Vaccination in Bombay 1869-1873 - 1869-1873
Year: 1869
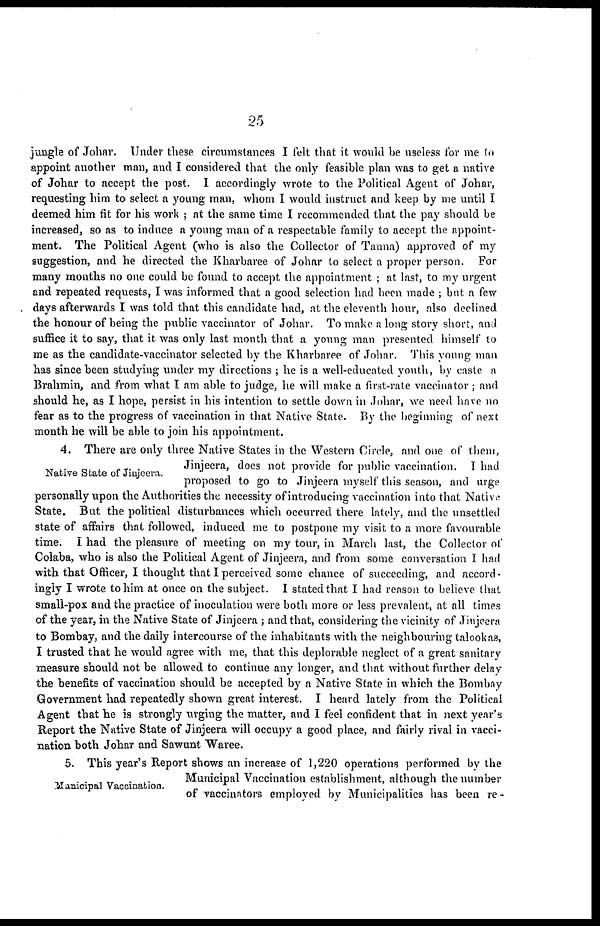
25
jungle of Johar. Under these circumstances I felt that it would be useless for me to
appoint another man, and I considered that the only feasible plan was to get a native
of Johar to accept the post. I accordingly wrote to the Political Agent of Johar,
requesting him to select a young man, whom I would instruct and keep by me until I
deemed him fit for his work ; at the same time I recommended that the pay should be
increased, so as to induce a young man of a respectable family to accept the appoint-
ment. The Political Agent (who is also the Collector of Tanna) approved of my
suggestion, and he directed the Kharbaree of Johar to select a proper person. For
many months no one could be found to accept the appointment ; at last, to my urgent
and repeated requests, I was informed that a good selection had been made ; but a few
days afterwards I was told that this candidate had, at the eleventh hour, also declined
the honour of being the public vaccinator of Johar. To make a long story short, and
suffice it to say, that it was only last month that a young man presented himself to
me as the candidate-vaccinator selected by the Kharbaree of Johar. This young man
has since been studying under my directions ; he is a well-educated youth, by caste a
Brahmin, and from what I am able to judge, he will make a first-rate vaccinator ; and
should he, as I hope, persist in his intention to settle down in Johar, we need have no
fear as to the progress of vaccination in that Native State. By the beginning of next
month he will be able to join his appointment.
Native State of Jinjeera.
4. There are only three Native States in the Western Circle, and one of them,
Jinjeera, does not provide for public vaccination. I had
proposed to go to Jinjeera myself this season, and urge
personally upon the Authorities the necessity of introducing vaccination into that Native
State. But the political disturbances which occurred there lately, and the unsettled
state of affairs that followed, induced me to postpone my visit to a more favourable
time. I had the pleasure of meeting on my tour, in March last, the Collector of
Colaba, who is also the Political Agent of Jinjeera, and from some conversation I had
with that Officer, I thought that I perceived some chance of succeeding, and accord-
ingly I wrote to him at once on the subject. I stated that I had reason to believe that
small-pox and the practice of inoculation were both more or less prevalent, at all times
of the year, in the Native State of Jinjeera ; and that, considering the vicinity of Jinjeera
to Bombay, and the daily intercourse of the inhabitants with the neighbouring talookas,
I trusted that he would agree with me, that this deplorable neglect of a great sanitary
measure should not be allowed to continue any longer, and that without further delay
the benefits of vaccination should be accepted by a Native State in which the Bombay
Government had repeatedly shown great interest. I heard lately from the Political
Agent that he is strongly urging the matter, and I feel confident that in next year's
Report the Native State of Jinjeera will occupy a good place, and fairly rival in vacci-
nation both Johar and Sawunt Waree.
Municipal Vaccination.
5. This year's Report shows an increase of 1,220 operations performed by the
Municipal Vaccination establishment, although the number
of vaccinators employed by Municipalities has been re -